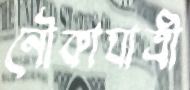
নৌকাযাত্রী